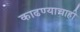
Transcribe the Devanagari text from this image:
काढण्याचाही